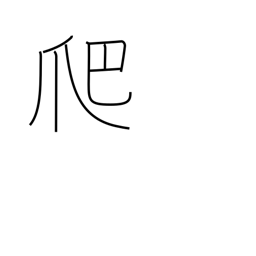
Meaning: crawl